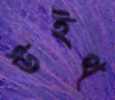
উইথ্